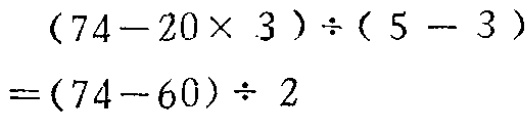
\[(74 - 20\times 3)\div(5 - 3)=(74 - 60)\div 2\]